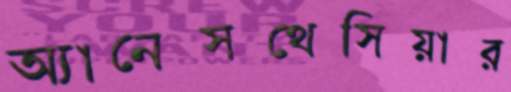
অ্যানেসথেসিয়ার